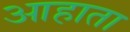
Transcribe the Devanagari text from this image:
आहाता